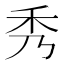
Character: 秀